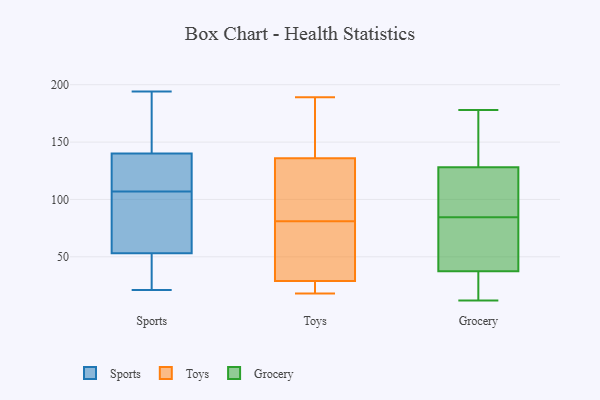
{"axis": {"x": "Population (Million)", "y": "Value"}, "legend": ["Grocery", "Sports", "Toys"], "data": [{"x": "", "y": 106, "type": "Sports"}, {"x": "", "y": 140, "type": "Sports"}, {"x": "", "y": 23, "type": "Sports"}, {"x": "", "y": 108, "type": "Sports"}, {"x": "", "y": 103, "type": "Sports"}, {"x": "", "y": 63, "type": "Sports"}, {"x": "", "y": 128, "type": "Sports"}, {"x": "", "y": 26, "type": "Sports"}, {"x": "", "y": 53, "type": "Sports"}, {"x": "", "y": 163, "type": "Sports"}, {"x": "", "y": 140, "type": "Sports"}, {"x": "", "y": 194, "type": "Sports"}, {"x": "", "y": 92, "type": "Sports"}, {"x": "", "y": 140, "type": "Sports"}, {"x": "", "y": 109, "type": "Sports"}, {"x": "", "y": 21, "type": "Sports"}, {"x": "", "y": 173, "type": "Sports"}, {"x": "", "y": 21, "type": "Sports"}, {"x": "", "y": 62, "type": "Toys"}, {"x": "", "y": 160, "type": "Toys"}, {"x": "", "y": 100, "type": "Toys"}, {"x": "", "y": 25, "type": "Toys"}, {"x": "", "y": 28, "type": "Toys"}, {"x": "", "y": 189, "type": "Toys"}, {"x": "", "y": 110, "type": "Toys"}, {"x": "", "y": 30, "type": "Toys"}, {"x": "", "y": 56, "type": "Toys"}, {"x": "", "y": 27, "type": "Toys"}, {"x": "", "y": 164, "type": "Toys"}, {"x": "", "y": 174, "type": "Toys"}, {"x": "", "y": 43, "type": "Toys"}, {"x": "", "y": 102, "type": "Toys"}, {"x": "", "y": 112, "type": "Toys"}, {"x": "", "y": 18, "type": "Toys"}, {"x": "", "y": 22, "type": "Grocery"}, {"x": "", "y": 178, "type": "Grocery"}, {"x": "", "y": 134, "type": "Grocery"}, {"x": "", "y": 101, "type": "Grocery"}, {"x": "", "y": 89, "type": "Grocery"}, {"x": "", "y": 21, "type": "Grocery"}, {"x": "", "y": 52, "type": "Grocery"}, {"x": "", "y": 22, "type": "Grocery"}, {"x": "", "y": 28, "type": "Grocery"}, {"x": "", "y": 80, "type": "Grocery"}, {"x": "", "y": 177, "type": "Grocery"}, {"x": "", "y": 122, "type": "Grocery"}, {"x": "", "y": 47, "type": "Grocery"}, {"x": "", "y": 114, "type": "Grocery"}, {"x": "", "y": 80, "type": "Grocery"}, {"x": "", "y": 107, "type": "Grocery"}, {"x": "", "y": 148, "type": "Grocery"}, {"x": "", "y": 159, "type": "Grocery"}, {"x": "", "y": 12, "type": "Grocery"}, {"x": "", "y": 63, "type": "Grocery"}]}